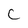
Character: c